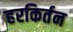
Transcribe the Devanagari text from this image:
हरकिर्तन